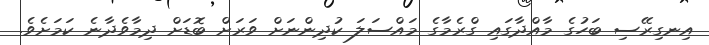
އިނގިރޭސި ބަހުގެ މާއްދާގައި ގްރެމާގެ މައްސަލަ ކުދިންނަށް ވަރަށް ބޮޑަށް ދިމާވެދާނެ ކަމަށެވެ.